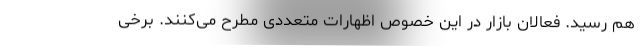
هم رسید. فعالان بازار در این خصوص اظهارات متعددی مطرح می‌کنند. برخی